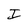
Character: I